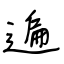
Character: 遍